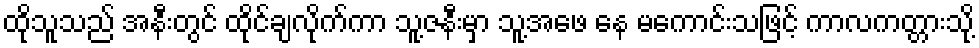
ထိုသူသည် အနီးတွင် ထိုင်ချလိုက်ကာ သူ့ဇနီးမှာ သူ့အဖေ နေ မကောင်းသဖြင့် ကာလကတ္တားသို့